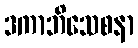
ဒကာဘိသေစနာ